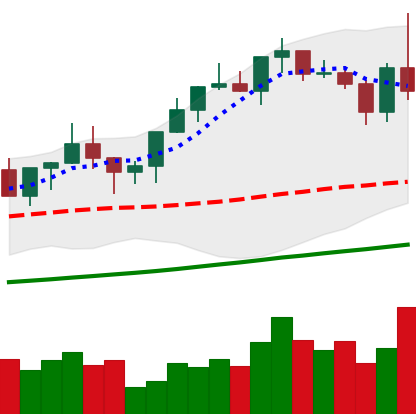
Ticker: XMR-USD
Chart end date: 2020-12-23
Forward return: 10.331%
Label: up_7plus